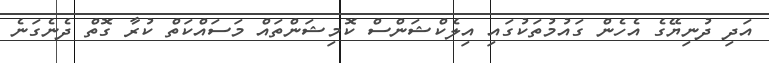
އަދި ދުނިޔޭގެ އެހެން ގައުމުތަކުގައި އިލެކްޝަންސް ކޮމިޝަންތައް މަސައްކަތް ކުރާ ގޮތް ދެނެގަނެ